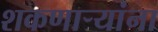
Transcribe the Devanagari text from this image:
शकणाऱ्यांना